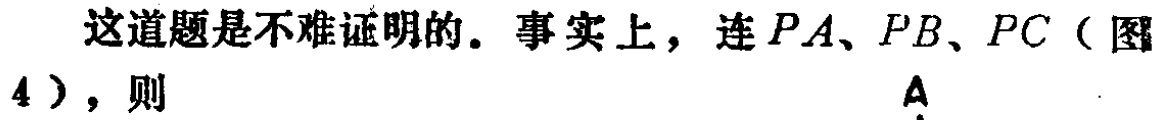
这道题是不难证明的。事实上，连 \(PA\)、\(PB\)、\(PC\)（图4），则